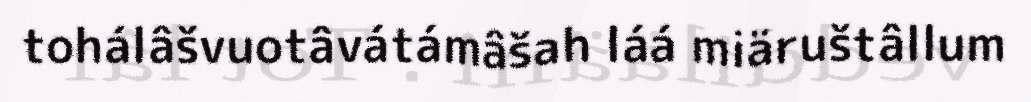
tohálâšvuotâvátámâšah láá miäruštâllum